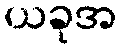
ယခုအ